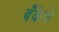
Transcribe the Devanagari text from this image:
बँकेचॆ